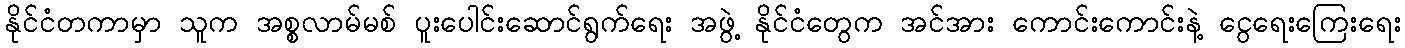
နိုင်ငံတကာမှာ သူက အစ္စလာမ်မစ် ပူးပေါင်းဆောင်ရွက်ရေး အဖွဲ့ နိုင်ငံတွေက အင်အား ကောင်းကောင်းနဲ့ ငွေရေးကြေးရေး